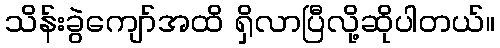
သိန်းခွဲကျော်အထိ ရှိလာပြီလို့ဆိုပါတယ်။